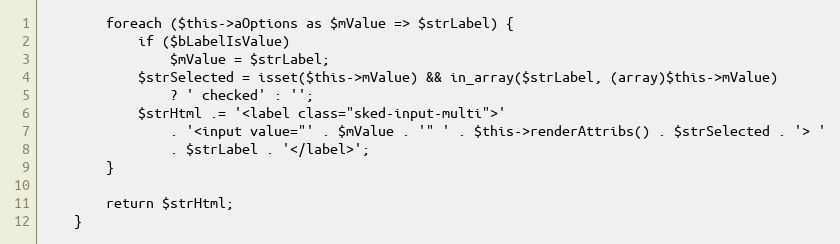
Language: PHP
        foreach ($this->aOptions as $mValue => $strLabel) {
            if ($bLabelIsValue)
                $mValue = $strLabel;
            $strSelected = isset($this->mValue) && in_array($strLabel, (array)$this->mValue)
                ? ' checked' : '';
            $strHtml .= '<label class="sked-input-multi">'
                . '<input value="' . $mValue . '" ' . $this->renderAttribs() . $strSelected . '> '
                . $strLabel . '</label>';
        }

        return $strHtml;
    }